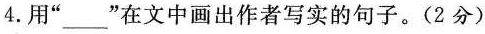
4.用”___”在文中画出作者写实的句子。(2分)